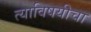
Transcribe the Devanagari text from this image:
त्याविषयीचा